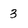
Character: 3